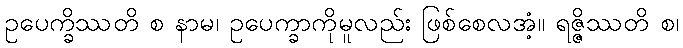
ဥပေက္ခိဿတိ စ နာမ၊ ဥပေက္ခာကိုမူလည်း ဖြစ်စေလအံ့။ ရဇ္ဇိဿတိ စ၊